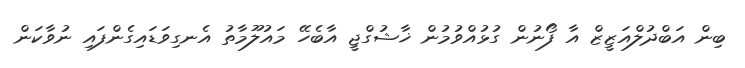
ބިން އަބްދުލްއަޒީޒް އާ ފޯނުން ގުޅުއްވުމުން ޚާޝުގްޖީ އާބެހޭ މައުލޫމާތު އެނގިވަޑައިގެންފައި ނުވާކަން